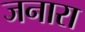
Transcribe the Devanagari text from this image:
जनारा